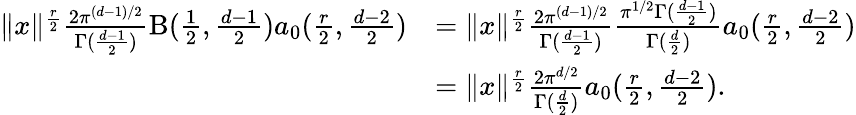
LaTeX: \begin{array}{rl}{\| x\| ^{\frac{r}{2}}\frac{2\pi^{(d-1)/2}}{\Gamma(\frac{d-1}{2})}\mathrm{B}(\frac 12,\frac{d-1}{2})a_{0}(\frac{r}{2},\frac{d-2}{2})}&{=\| x\| ^{\frac{r}{2}}\frac{2\pi^{(d-1)/2}}{\Gamma(\frac{d-1}{2})}\frac{\pi^{1/2}\Gamma(\frac{d-1}{2})}{\Gamma(\frac{d}{2})}a_{0}(\frac{r}{2},\frac{d-2}{2})}\\ &{=\| x\| ^{\frac{r}{2}}\frac{2\pi^{d/2}}{\Gamma(\frac{d}{2})}a_{0}(\frac{r}{2},\frac{d-2}{2}).}\end{array}